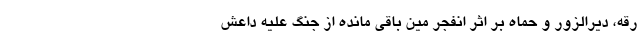
رقه، دیرالزور و حماه بر اثر انفجر مین باقی مانده از جنگ علیه داعش